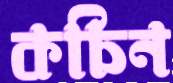
কচিন